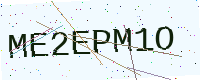
Text: ME2EPM1O